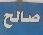
صالح